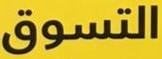
التسوق